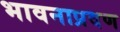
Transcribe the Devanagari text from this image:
भावनाप्रवण